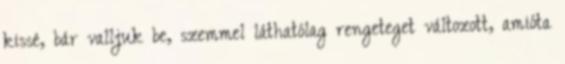
kissé, bár valljuk be, szemmel láthatólag rengeteget változott, amióta